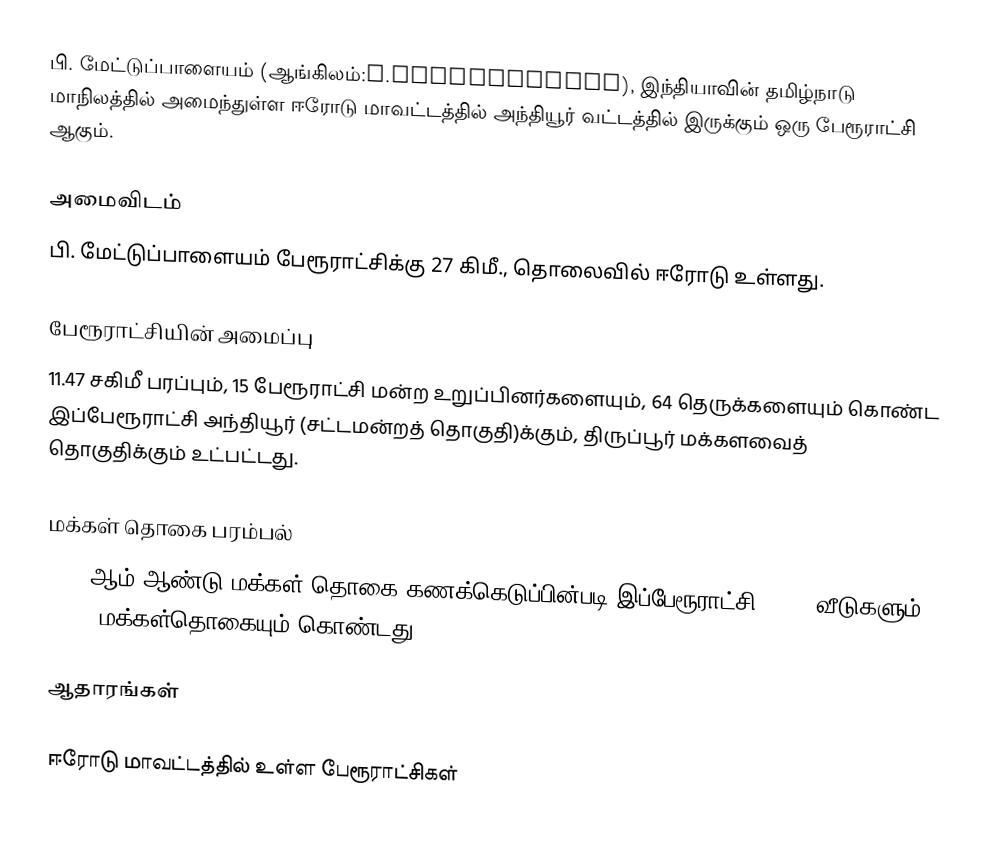
பி. மேட்டுப்பாளையம் (ஆங்கிலம்:P.Mettupalayam), இந்தியாவின் தமிழ்நாடு மாநிலத்தில் அமைந்துள்ள ஈரோடு மாவட்டத்தில் அந்தியூர் வட்டத்தில் இருக்கும் ஒரு பேரூராட்சி ஆகும்.

அமைவிடம்
பி. மேட்டுப்பாளையம் பேரூராட்சிக்கு 27 கிமீ.,  தொலைவில் ஈரோடு  உள்ளது.

பேரூராட்சியின் அமைப்பு
11.47 சகிமீ பரப்பும்,  15 பேரூராட்சி மன்ற  உறுப்பினர்களையும், 64 தெருக்களையும் கொண்ட இப்பேரூராட்சி அந்தியூர்   (சட்டமன்றத் தொகுதி)க்கும், திருப்பூர் மக்களவைத் தொகுதிக்கும் உட்பட்டது.

மக்கள் தொகை பரம்பல்
2011-ஆம் ஆண்டு மக்கள் தொகை கணக்கெடுப்பின்படி  இப்பேரூராட்சி  2,823   வீடுகளும், 9,109 மக்கள்தொகையும் கொண்டது.

ஆதாரங்கள்

ஈரோடு மாவட்டத்தில் உள்ள பேரூராட்சிகள்